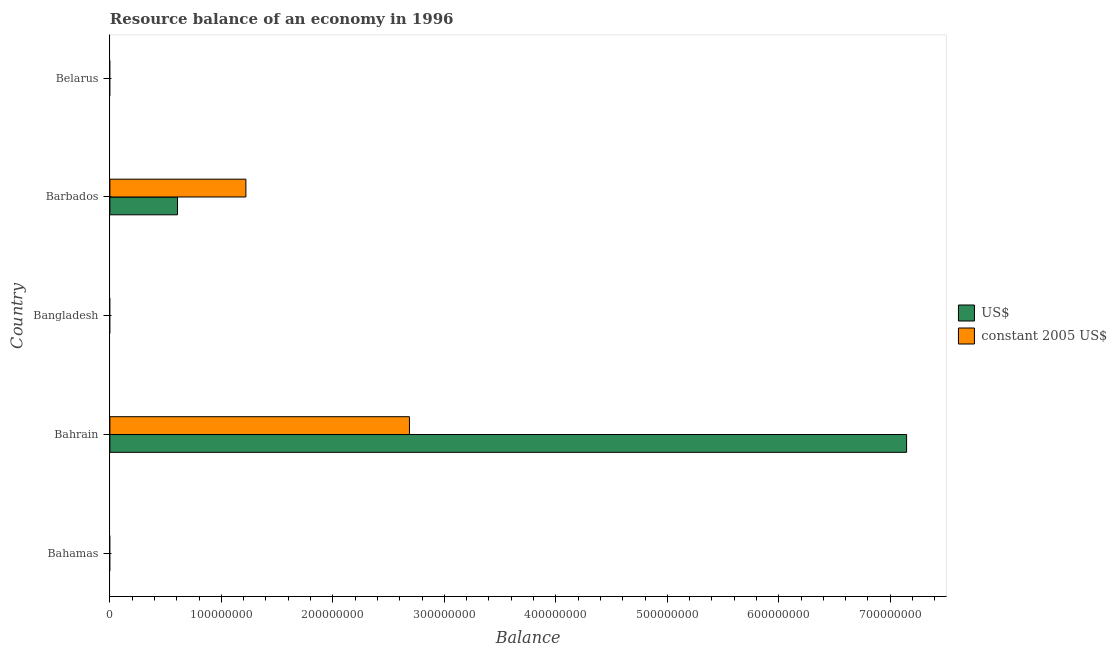
| Country | US$ | constant 2005 US$ |
 | --- | --- | --- |
 | Bahamas | -3.53e+08 | -3.53e+08 |
 | Bahrain | 7.15e+08 | 2.69e+08 |
 | Bangladesh | -3.09e+09 | -1.27e+11 |
 | Barbados | 6.07e+07 | 1.22e+08 |
 | Belarus | -6.01e+08 | -7.82e+09 |